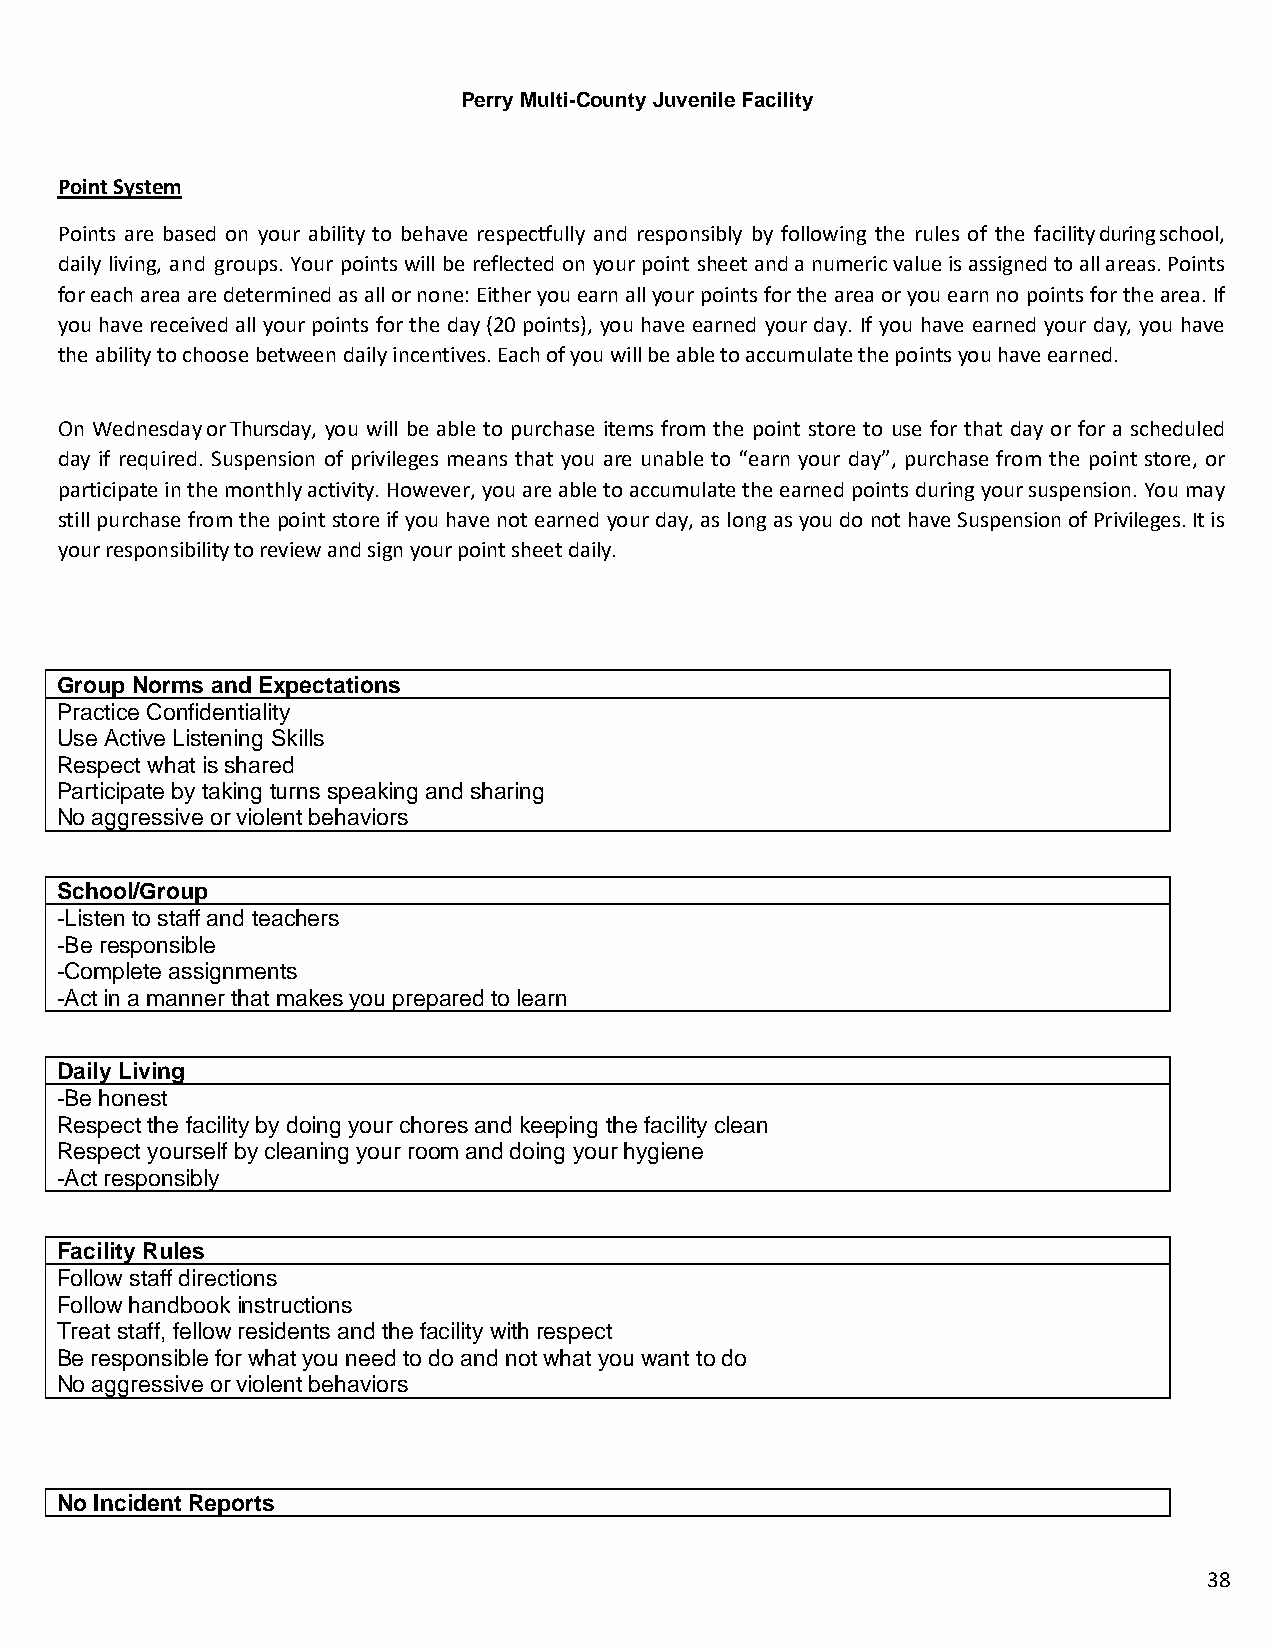
Perry Multi-County Juvenile Facility
 Point System
 Points are based on your ability to behave respectfully and responsibly by following the rules of the facility during school,
 daily living, and groups. Your points will be reflected on your point sheet and a numeric value is assigned to all areas. Points
 for each area are determined as all or none: Either you earn all your points for the area or you earn no points for the area. If
 you have received all your points for the day (20 points), you have earned your day. If you have earned your day, you have
 the ability to choose between daily incentives. Each of you will be able to accumulate the points you have earned.
 On Wednesday or Thursday, you will be able to purchase items from the point store to use for that day or for a scheduled
 day if required. Suspension of privileges means that you are unable to “earn your day”, purchase from the point store, or
 participate in the monthly activity. However, you are able to accumulate the earned points during your suspension. You may
 still purchase from the point store if you have not earned your day, as long as you do not have Suspension of Privileges. It is
 your responsibility to review and sign your point sheet daily.
 Group Norms and Expectations
 Practice Confidentiality
 Use Active Listening Skills
 Respect what is shared
 Participate by taking turns speaking and sharing
 No aggressive or violent behaviors
 School/Group
 -Listen to staff and teachers
 -Be responsible
 -Complete assignments
 -Act in a manner that makes you prepared to learn
 Daily Living
 -Be honest
 Respect the facility by doing your chores and keeping the facility clean
 Respect yourself by cleaning your room and doing your hygiene
 -Act responsibly
 Facility Rules
 Follow staff directions
 Follow handbook instructions
 Treat staff, fellow residents and the facility with respect
 Be responsible for what you need to do and not what you want to do
 No aggressive or violent behaviors
 No Incident Reports
 38